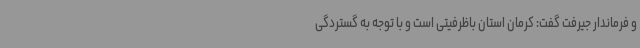
و فرماندار جیرفت گفت: کرمان استان باظرفیتی است و با توجه به گستردگی